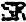
SR